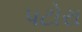
પટોરા